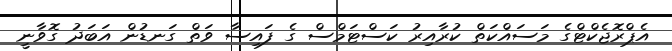
އެޕްރޮޖެކްޓްގެ މަސައްކަތް ކުރާއިރު ކަސްޓަމްސް ގެ ފައިސާ ވަތް ގަނޑުން އަބަދު ގޮވާނީ